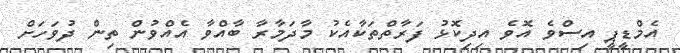
އެމްޑީޕީ އިސްވެ އޮވެ އިދިކޮޅު ފަރާތްތަކާއެކު މާދަމާރާ ބާއްވާ އެއްވުން ތިން ދުވަހަށް